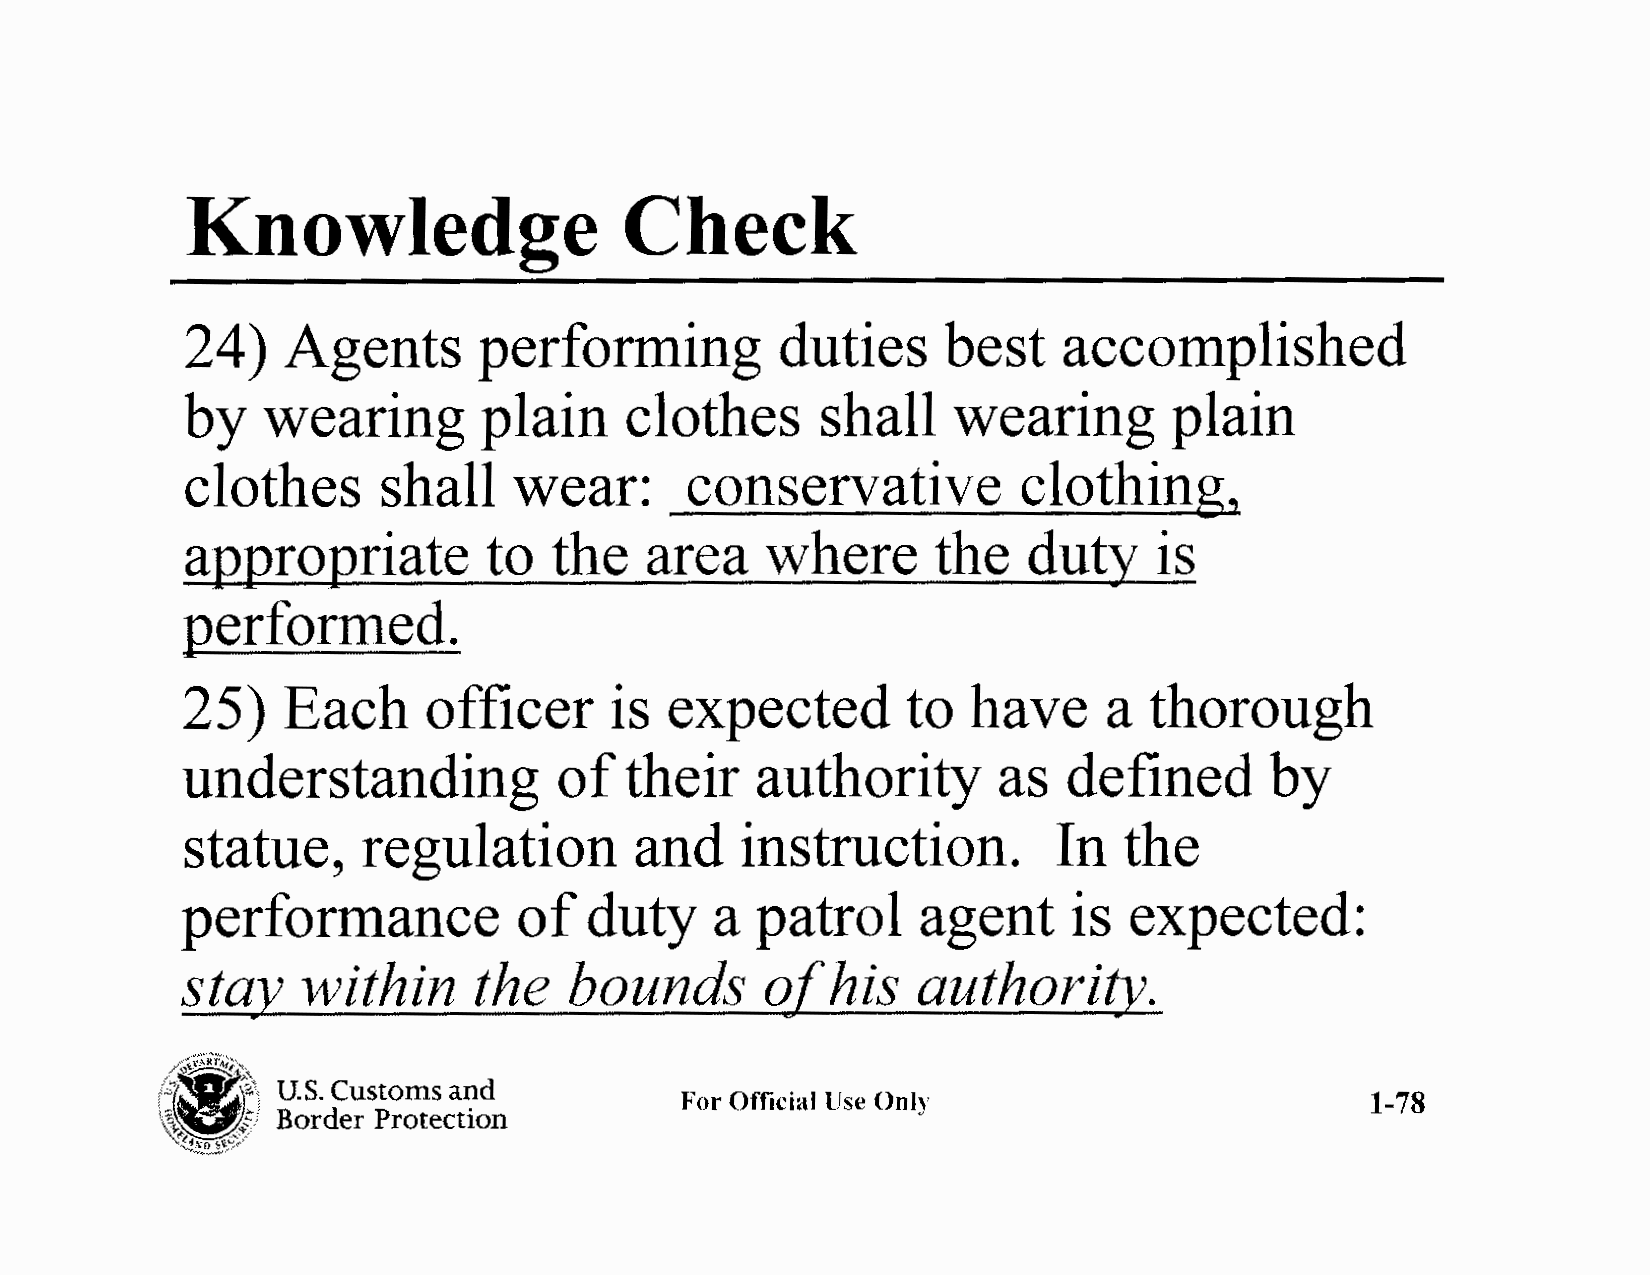
Knowledge                    Check
 24)    Agents       performing          duties     best   accomplished
 by   wearing        plain    clothes      shall    wearing        plain
 clothes      shall    wear:      conservative           clothing,
 appropriate         to   the   area    where      the   duty     is
 performed.
 25)    Each     officer      is expected        to  have     a  thorough
 understanding            of  their    authority       as   defined      by
 statue,     regulation        and    instruction.         In  the
 performance           of   duty    a  patrol     agent     is  expected:
 staJJ   within      the   bounds       ofh   is  authorit)J.
 /';f'~RTA,;:-,
 :~/\7)~-)4~\'
 U.S. Customs and
 1                           For Official Use Only                         1-78
 1      Border Protection
 ~~/
 "~l~)'.,,~*'